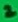
Text: 2